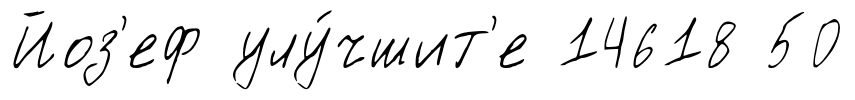
Йоз'еф улу́чшит'е 14618 50